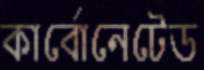
কার্বোনেটেড